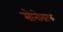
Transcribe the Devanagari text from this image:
सोनोग्राफ